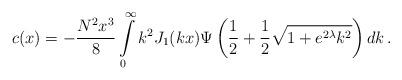
LaTeX: \begin{align*}c(x) = - \frac{N^2 x^3}{8} \int\limits_{0}^{\infty} k^2 J_1 (kx) \Psi \left( \frac{1}{2} +\frac{1}{2}\sqrt{1 + e^{2\lambda} k^2}\right) dk\,.\end{align*}